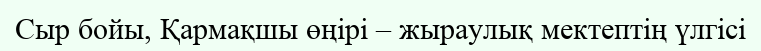
Сыр бойы, Қармақшы өңірі – жыраулық мектептің үлгісі